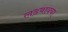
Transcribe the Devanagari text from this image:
लढवायचा